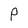
Character: P